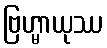
ဗြဟ္မာယုဿ